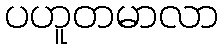
ပဟူတမာလာ